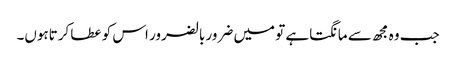
جب وہ مجھ سے مانگتاہے تو میں ضرور بالضرور اس کو عطا کرتاہوں۔